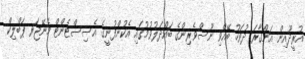
އުރީދޫއިން އަންގާރަ ދުވަހު ބޭއްވި ނޫސްވެރިންގެ ބައްދަލުވުމުގައި އެކުންފުނީގެ އެސިސްޓެންޓް މެނޭޖަރ ޕަބްލިކް